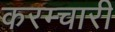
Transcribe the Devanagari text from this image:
करम्चारी